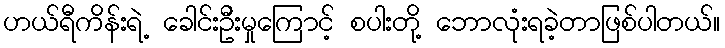
ဟယ်ရီကိန်းရဲ့ ခေါင်းဦးမှုကြောင့် စပါးတို့ ဘောလုံးရခဲ့တာဖြစ်ပါတယ်။